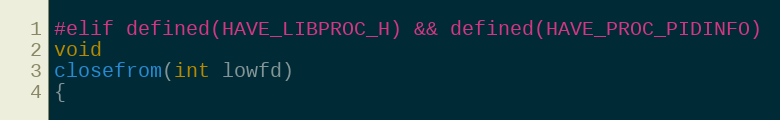
Language: C
#elif defined(HAVE_LIBPROC_H) && defined(HAVE_PROC_PIDINFO)
void
closefrom(int lowfd)
{